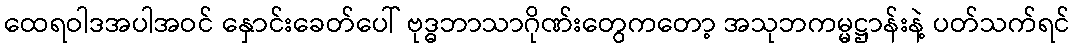
ထေရဝါဒအပါအဝင် နှောင်းခေတ်ပေါ် ဗုဒ္ဓဘာသာဂိုဏ်းတွေကတော့ အသုဘကမ္မဋ္ဌာန်းနဲ့ ပတ်သက်ရင်